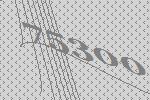
75300